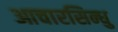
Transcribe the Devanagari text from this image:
आचारसिन्धु